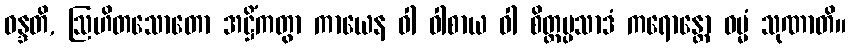
ဝန္ဒတိ, ဩဟိတသောတော အဋ္ဌိံကတွာ ကာယေန ဝါ ဝါစာယ ဝါ စိတ္တပ္ပသာဒံ ကရောန္တော ဓမ္မံ သုဏာတိ။